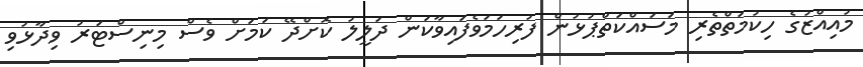
މުއިއްޒުގެ ހިކުމަތްތެރި މަސައްކަތްޕުޅުން ފުރިހަމަވެފައިވާކަން ދަލީލު ކޮށްދޭ ކަމަށް ވެސް މިނިސްޓަރު ވިދާޅުވި